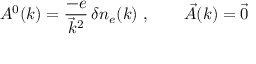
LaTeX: A ^ { 0 } ( k ) = \frac { - e } { \vec { k } ^ { 2 } } \, \delta n _ { e } ( k ) \ , \qquad \vec { A } ( k ) = \vec { 0 }